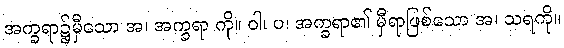
အက္ခရာ၌မှီသော အ၊ အက္ခရာ ကို။ ဝါ၊ ပ၊ အက္ခရာ၏ မှီရာဖြစ်သော အ၊ သရကို။